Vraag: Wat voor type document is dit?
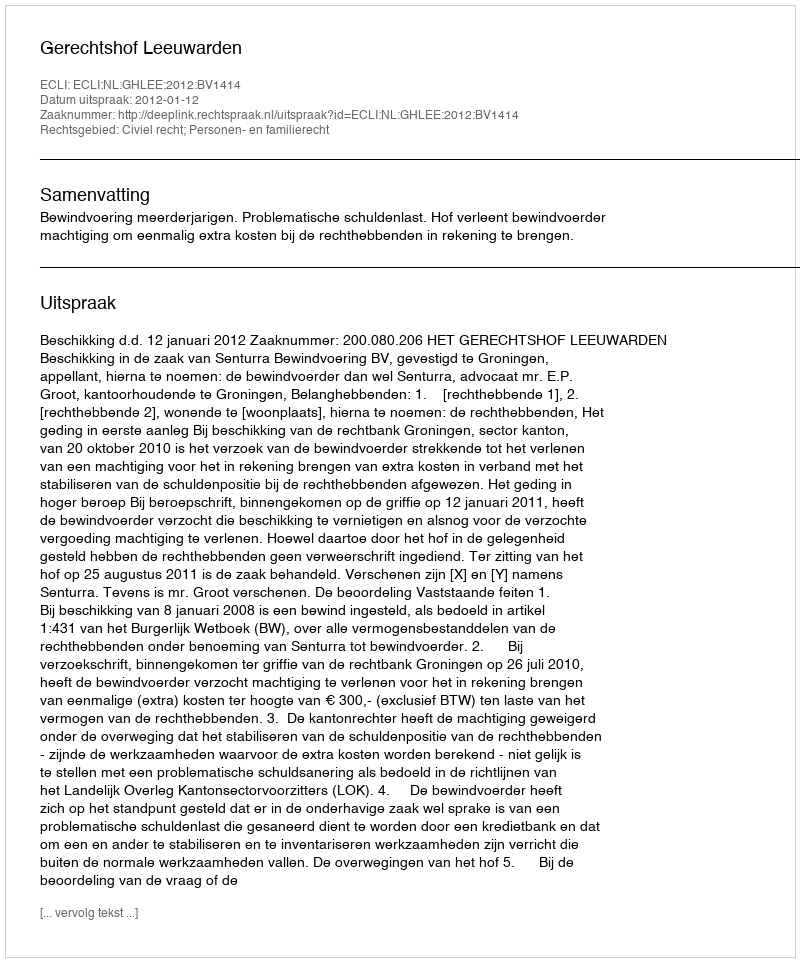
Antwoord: Uitspraak